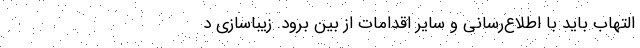
التهاب باید با اطلاع‌رسانی و سایر اقدامات از بین برود. زیباسازی د